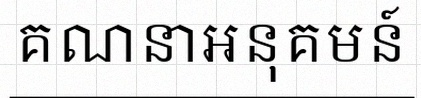
គណនាអនុគមន៍